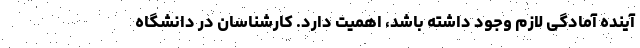
آینده آمادگی لازم وجود داشته باشد، اهمیت دارد. کارشناسان در دانشگاه